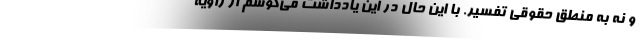
و نه به منطق حقوقی تفسیر. با این حال در این یادداشت می‌کوشم از زاویه